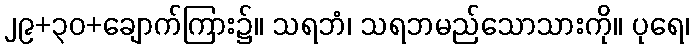
၂၉+၃၀+ချောက်ကြား၌။ သရဘံ၊ သရဘမည်သောသားကို။ ပုရေ၊